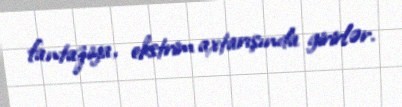
fantaziya, ekstrim axtarışında girirlər.